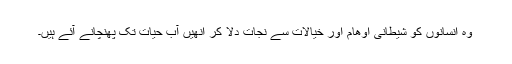
وہ انسانوں کو شیطانی اوھام اور خیالات سے نجات دلا کر انھیں آب حیات تک پھنچانے آئے ہیں۔